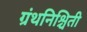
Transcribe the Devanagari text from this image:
ग्रंथनिश्चिती